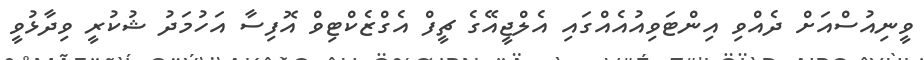
ވީނިއުސްއަށް ދެއްވި އިންޓަވިއުއެއްގައި އެލްޖީއޭގެ ޗީފް އެގްޒެކްޓިވް އޮފިސާ އަހުމަދު ޝުކުރީ ވިދާޅުވީ